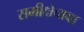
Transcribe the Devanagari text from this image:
समीक्षेचावा